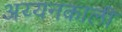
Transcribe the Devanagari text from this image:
अय्यनकाली